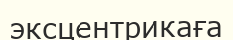
эксцентрикаға